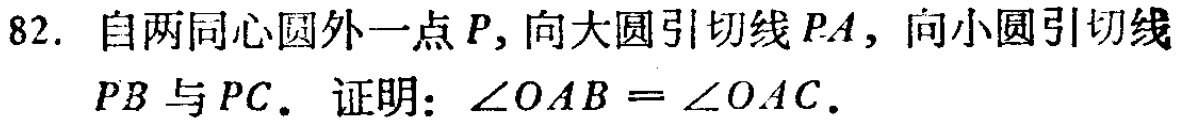
82. 自两同心圆外一点\(P\)，向大圆引切线\(PA\)，向小圆引切线\(PB\)与\(PC\)。证明：\(\angle OAB = \angle OAC\)。